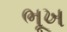
ભૂખ